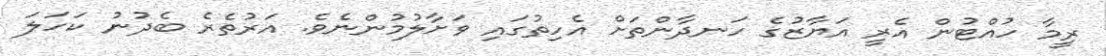
ރީމާ ހުއްޓުން އެރީ އަޔާޒުގެ ހަނދާންތަށް އެހިތުގައި ވަށާލުމުންނެވެ. އަރުތެރެ ބެދުނު ކަހަލަ